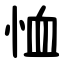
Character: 恤